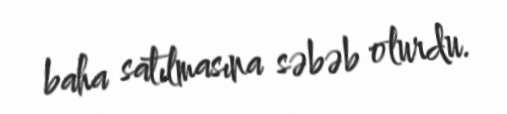
baha satılmasına səbəb olurdu.